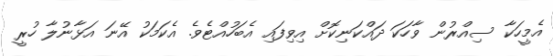
އެމީހަކާ ސިއްރުން ވާހަކަ ދައްކަނިކޮށް އިވިފައި އެބަހުއްޓެވެ. އެކަމަކު އޭނަ އަޅާނުލާ ހުރީ